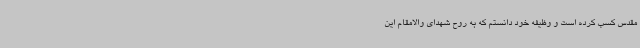
مقدس کسب کرده است و وظیفه خود دانستم که به روح شهدای والامقام این